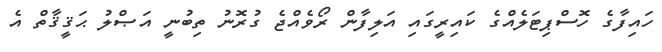
ހައިފާގެ ހޮސްޕިޓަލެއްގެ ކައިރީގައި އަލިފާން ރޯވެއްޖެ ގުރޮނު ތިބުނީ އަޞްލު ޙަޤީޤާތް އެ